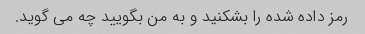
رمز داده شده را بشکنید و به من بگویید چه می گوید.